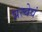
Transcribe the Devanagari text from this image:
प्रत्येवं